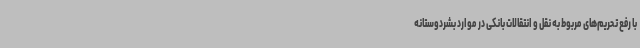
با رفع تحریم‌های مربوط به نقل و انتقالات بانکی در موارد بشردوستانه